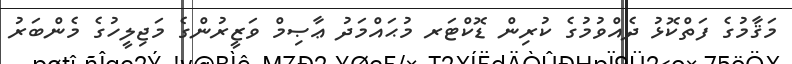
މަޤާމުގެ ފަތްކޮޅު ދެއްވުމުގެ ކުރިން ޑޮކްޓަރ މުޙައްމަދު ޢާޞިމް ވަޒީރުންގެ މަޖިލީހުގެ މެންބަރު